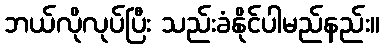
ဘယ်လိုလုပ်ပြီး သည်းခံနိုင်ပါမည်နည်း။